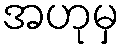
အဟုမှ